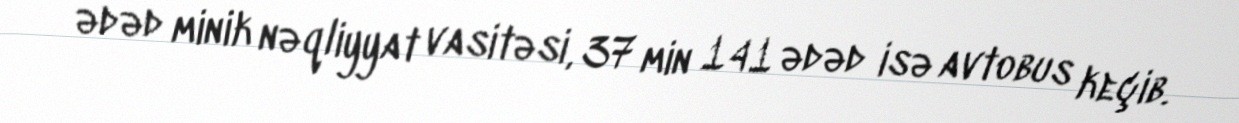
ədəd minik nəqliyyat vasitəsi, 37 min 141 ədəd isə avtobus keçib.